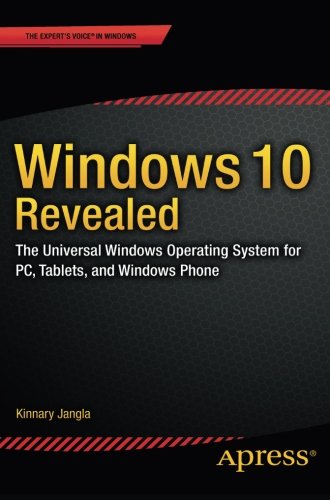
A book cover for Windows 10 Revealed: The Universal Windows Operating System for PC, Tablets, and Windows Phone; Kinnary Jangla; Computers & Technology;